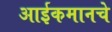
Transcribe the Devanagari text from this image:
आईकमानचे